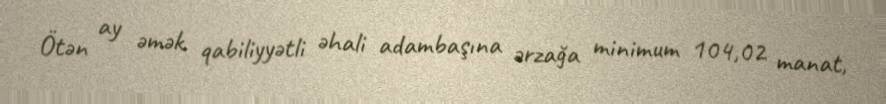
Ötən ay əmək qabiliyyətli əhali adambaşına ərzağa minimum 104,02 manat,